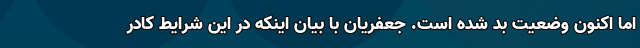
اما اکنون وضعیت بد شده است. جعفریان با بیان اینکه در این شرایط کادر